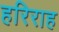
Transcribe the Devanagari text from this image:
हरिराह